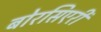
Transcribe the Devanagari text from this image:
बोरसिएरी